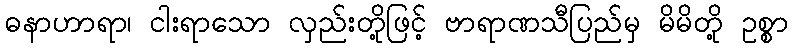
ဓနာဟာရာ၊ ငါးရာသော လှည်းတို့ဖြင့် ဗာရာဏသီပြည်မှ မိမိတို့ ဥစ္စာ